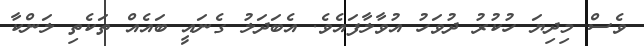
ވެސް މިދިޔަ ހުކުރު ދުވަހު އުވާލާފައެވެ. އެބަދަލު ގެނައީ ބައެއް ތަކެތި ލަންކާ